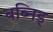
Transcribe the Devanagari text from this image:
बब्निड्